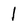
Character: 1